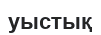
уыстық